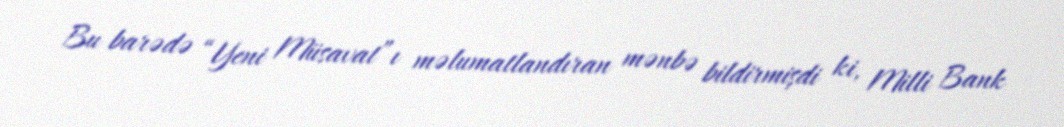
Bu barədə “Yeni Müsavat”ı məlumatlandıran mənbə bildirmişdi ki, Milli Bank